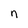
Character: n